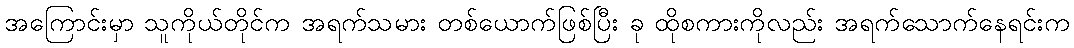
အကြောင်းမှာ သူကိုယ်တိုင်က အရက်သမား တစ်ယောက်ဖြစ်ပြီး ခု ထိုစကားကိုလည်း အရက်သောက်နေရင်းက